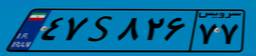
۴۷S۸۲۶۷۷